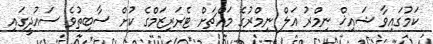
ކަމުގައިވާ ޝައިޚް ނިމްރު އަލް ނިމްރުގެ މައްޗަށް ޓެރަރިޒަމްގެ ކުށް ސާބިތުވެ ސައުދީގައި